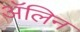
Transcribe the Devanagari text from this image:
ॲलिन